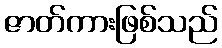
ဇာတ်ကားဖြစ်သည်